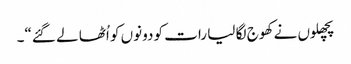
پچھلوں نے کھوج لگا لیا رات کو دونوں کو اُٹھا لے گئے“۔